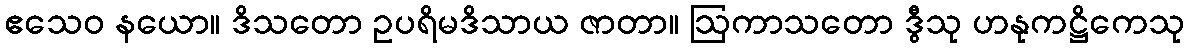
ဧသေဝ နယော။ ဒိသတော ဥပရိမဒိသာယ ဇာတာ။ ဩကာသတော ဒွီသု ဟနုကဋ္ဌိကေသု